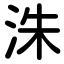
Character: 洙